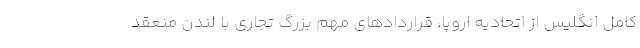
کامل انگلیس از اتحادیه اروپا، قراردادهای مهم بزرگ تجاری با لندن منعقد